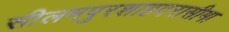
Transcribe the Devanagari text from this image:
सीलमपुरशाहदरासीमा